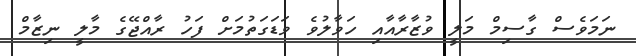
ނަމަވެސް ގާސިމް މަލީ ވުޒާރާއާއި ހަވާލުވެ ވަޑަގަތުމަށް ފަހު ރާއްޖޭގެ މާލީ ނިޒާމް